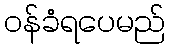
ဝန်ခံရပေမည်